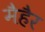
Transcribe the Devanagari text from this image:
मैहैर